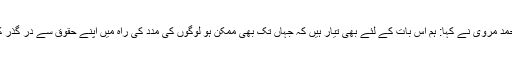
شیخ احمد مروی نے کہا: ہم اس بات کے لئے بھی تیار ہيں کہ جہاں تک بھی ممکن ہو لوگوں کی مدد کی راہ میں اپنے حقوق سے در گذر کرلیں ۔